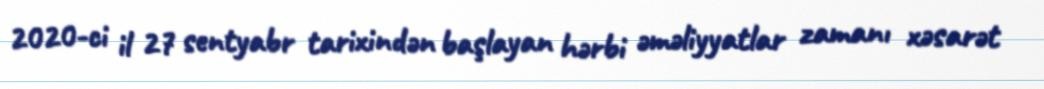
2020-ci il 27 sentyabr tarixindən başlayan hərbi əməliyyatlar zamanı xəsarət